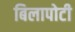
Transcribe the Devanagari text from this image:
बिलापोटी